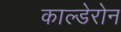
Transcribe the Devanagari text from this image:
काल्डेरोन